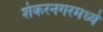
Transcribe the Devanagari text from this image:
शंकरनगरमध्ये